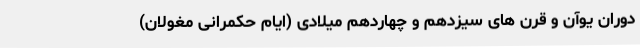
دوران یوآن و قرن های سیزدهم و چهاردهم میلادی (ایام حکمرانی مغولان)